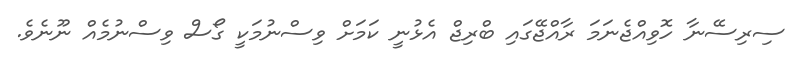
ސިރިސޭނާ ހޮވިއްޖެނަމަ ރާއްޖޭގައި ބްރިޖް އެޅުނީ ކަމަށް ވިސްނުމަކީ ގޯސް ވިސްނުމެއް ނޫނެވެ.